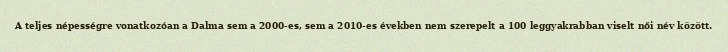
A teljes népességre vonatkozóan a Dalma sem a 2000-es, sem a 2010-es években nem szerepelt a 100 leggyakrabban viselt női név között.